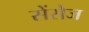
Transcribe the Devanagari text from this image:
सेंसेज